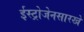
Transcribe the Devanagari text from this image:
ईस्ट्रोजेनसारखे